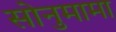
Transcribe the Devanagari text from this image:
सोनुमामा